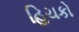
હિચકો